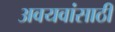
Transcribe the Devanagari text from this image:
अवयवांसाठी